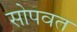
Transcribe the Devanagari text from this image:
सोपवत